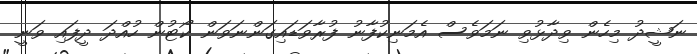
ނަޝީދު މިހެން ވިދާޅުވި ނަމަވެސް އެމަނިކުފާނު ފުރާވަޑައިގަންނަވަން ކޯޓުން ހުއްދަ ދީފައި ވަނީ